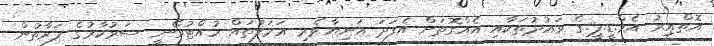
އޮތްއިރު އެމް.ޑީ.ޕީ.ގެ ވައުދުތަކާއި އެއްގޮތަށް އެފަދަ އަނިޔާވެރި އަމަލުތައް ހުއްޓުވޭނީ ސަރުކާރުގެ ފަރާތުން